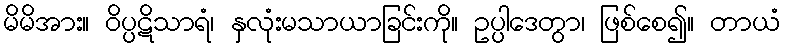
မိမိအား။ ဝိပ္ပဋိသာရံ၊ နှလုံးမသာယာခြင်းကို။ ဥပ္ပါဒေတွာ၊ ဖြစ်စေ၍။ တာယံ